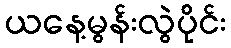
ယနေ့မွန်းလွဲပိုင်း